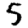
Digit: 5